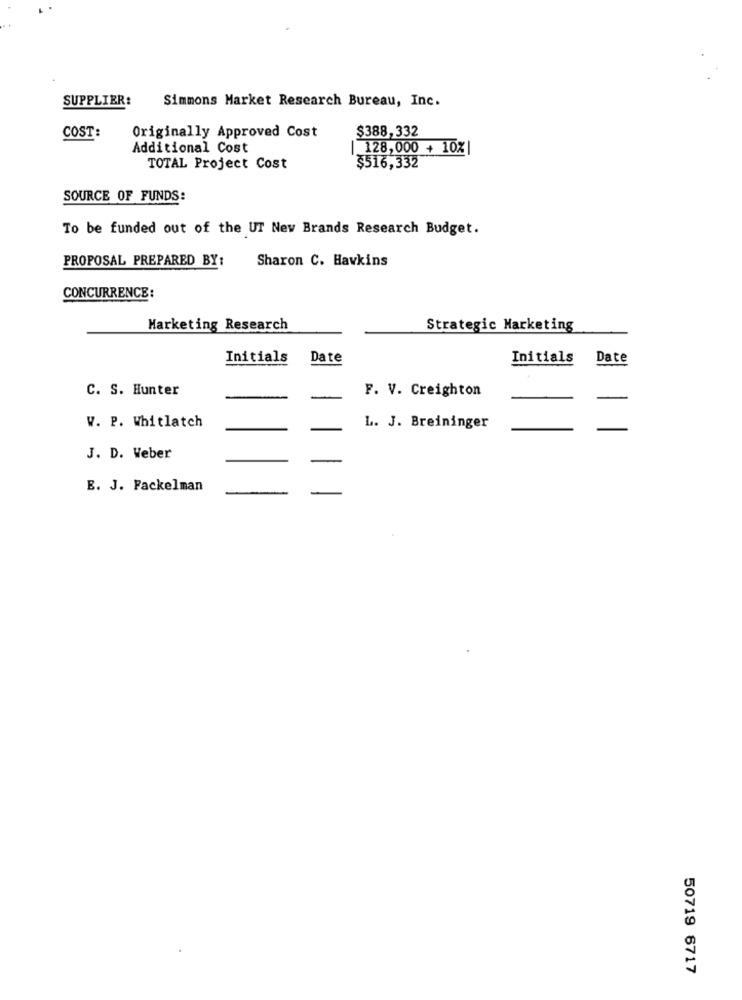
SUPPLIER:
Simmons Market Research Bureau, Inc.
COST:
Originally Approved Cost
$388,332
Additional Cost
| 128,000 + 10%|
TOTAL Project Cost
$516,332
SOURCE OF FUNDS:
To be funded out of the UT Nev Brands Research Budget.
PROPOSAL PREPARED BY:
Sharon C. Hawkins
CONCURRENCE:
Marketing Research
Strategic Marketing
Initials
Date
Initials
Date
C. S. Hunter
F. V. Creighton
W. P. Whitlatch
L. J. Breininger
J. D. Weber
E. J. Fackelman
50719 6717